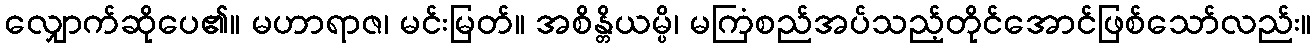
လျှောက်ဆိုပေ၏။ မဟာရာဇ၊ မင်းမြတ်။ အစိန္တိယမ္ပိ၊ မကြံစည်အပ်သည့်တိုင်အောင်ဖြစ်သော်လည်း။